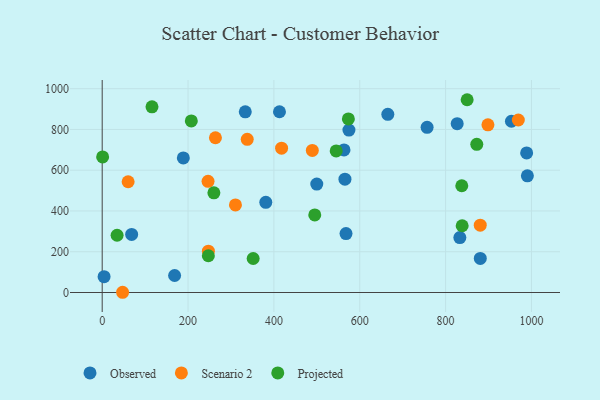
{"axis": {"x": "Engine Size", "y": "Yield"}, "legend": ["Observed", "Projected", "Scenario 2"], "data": [{"x": "413.0", "y": 886.9, "type": "Observed"}, {"x": "880.8", "y": 167.1, "type": "Observed"}, {"x": "665.4", "y": 874.3, "type": "Observed"}, {"x": "499.9", "y": 532.1, "type": "Observed"}, {"x": "168.7", "y": 83.3, "type": "Observed"}, {"x": "333.3", "y": 886.4, "type": "Observed"}, {"x": "563.3", "y": 699.4, "type": "Observed"}, {"x": "568.0", "y": 289.2, "type": "Observed"}, {"x": "381.1", "y": 442.2, "type": "Observed"}, {"x": "189.0", "y": 660.5, "type": "Observed"}, {"x": "574.8", "y": 796.7, "type": "Observed"}, {"x": "953.4", "y": 840.2, "type": "Observed"}, {"x": "990.5", "y": 572.4, "type": "Observed"}, {"x": "756.9", "y": 810.2, "type": "Observed"}, {"x": "833.2", "y": 269.4, "type": "Observed"}, {"x": "827.0", "y": 828.3, "type": "Observed"}, {"x": "565.5", "y": 556.0, "type": "Observed"}, {"x": "4.4", "y": 77.7, "type": "Observed"}, {"x": "68.6", "y": 284.8, "type": "Observed"}, {"x": "988.8", "y": 684.9, "type": "Observed"}, {"x": "247.4", "y": 202.6, "type": "Scenario 2"}, {"x": "969.4", "y": 846.3, "type": "Scenario 2"}, {"x": "246.6", "y": 545.3, "type": "Scenario 2"}, {"x": "47.5", "y": 1.1, "type": "Scenario 2"}, {"x": "337.9", "y": 751.7, "type": "Scenario 2"}, {"x": "489.5", "y": 696.9, "type": "Scenario 2"}, {"x": "310.4", "y": 429.8, "type": "Scenario 2"}, {"x": "263.8", "y": 759.3, "type": "Scenario 2"}, {"x": "898.6", "y": 822.8, "type": "Scenario 2"}, {"x": "880.7", "y": 330.5, "type": "Scenario 2"}, {"x": "417.9", "y": 708.2, "type": "Scenario 2"}, {"x": "60.4", "y": 543.4, "type": "Scenario 2"}, {"x": "351.7", "y": 166.8, "type": "Projected"}, {"x": "247.3", "y": 180.2, "type": "Projected"}, {"x": "116.0", "y": 911.2, "type": "Projected"}, {"x": "495.2", "y": 380.7, "type": "Projected"}, {"x": "838.6", "y": 327.6, "type": "Projected"}, {"x": "1.0", "y": 665.3, "type": "Projected"}, {"x": "837.7", "y": 523.7, "type": "Projected"}, {"x": "545.1", "y": 694.6, "type": "Projected"}, {"x": "34.7", "y": 281.0, "type": "Projected"}, {"x": "207.6", "y": 842.0, "type": "Projected"}, {"x": "872.6", "y": 726.8, "type": "Projected"}, {"x": "850.2", "y": 945.8, "type": "Projected"}, {"x": "573.5", "y": 851.6, "type": "Projected"}, {"x": "260.2", "y": 488.9, "type": "Projected"}]}